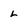
Character: L